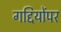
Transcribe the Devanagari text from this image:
गद्दियोंपर